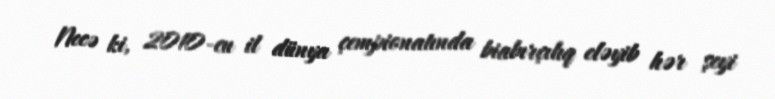
Necə ki, 2010-cu il dünya çempionatında biabırçılıq eləyib hər şeyi